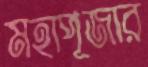
মহাপূজার